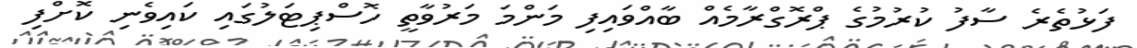
ފަޅުތެރެ ސާފު ކުރުމުގެ ޕްރޮގްރާމެއް ބާއްވައިފި މަންމަ މަރުވާތީ ހޮސްޕިޓަލުގައި ކައިވެނި ކޮށްފި